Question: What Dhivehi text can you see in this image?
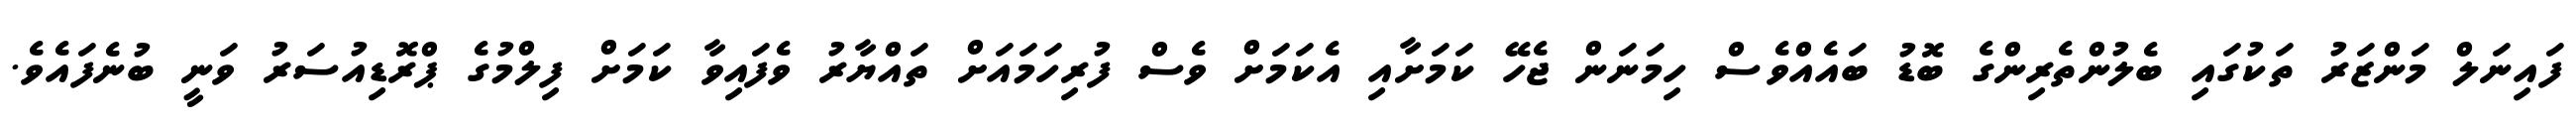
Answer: ފައިނަލް މަންޒަރު ތަކުގައި ބެލުންތެރިންގެ ބޮޑު ބައެއްވެސް ހިމަނަން ޖެހޭ ކަމަށާއި އެކަމަށް ވެސް ފުރިހަމައަށް ތައްޔާރު ވެފައިވާ ކަމަށް ފިލްމުގެ ޕްރޮޑިއުސަރު ވަނީ ބުނެފައެވެ.